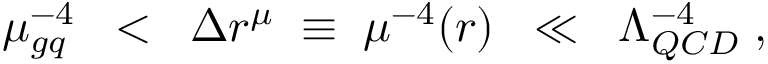
\mu _ { g q } ^ { - 4 } \; \; < \; \; \Delta r ^ { \mu } \; \equiv \; \mu ^ { - 4 } ( r ) \; \; \ll \; \; \Lambda _ { Q C D } ^ { - 4 } \; ,